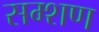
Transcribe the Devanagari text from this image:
सम्शण